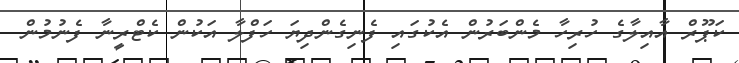
ކަޕޫރް އާއިލާގެ ހުރިހާ މެންބަރުން އެކުގައި ފެނިގެންދިޔަ ހަފްލާ އަކުން ކެޓްރީނާ ފެނުމުން